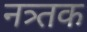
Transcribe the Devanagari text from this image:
नत्र्तक